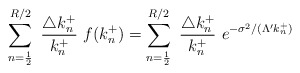
\begin{align*}\sum_{n= \frac{1}{2} }^{R/2}~\frac { \triangle k_n^+ } { k_n^+ }~ f( k^+_n ) = \sum_{n= \frac{1}{2} }^{R/2}~\frac { \triangle k_n^+ } { k_n^+ }~ e^{- \sigma^2 / ( \Lambda' k_n^+ ) } \end{align*}